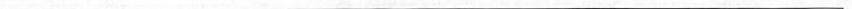
___